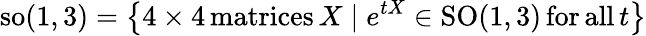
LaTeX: \mathrm{so}(1,3)=\left\{ 4\times 4\, \mathrm{matrices}\, X\mid e^{tX}\in\mathrm{SO}(1,3)\, \mathrm{for}\, \mathrm{all}\, t\right\}